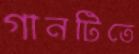
গানটিতে